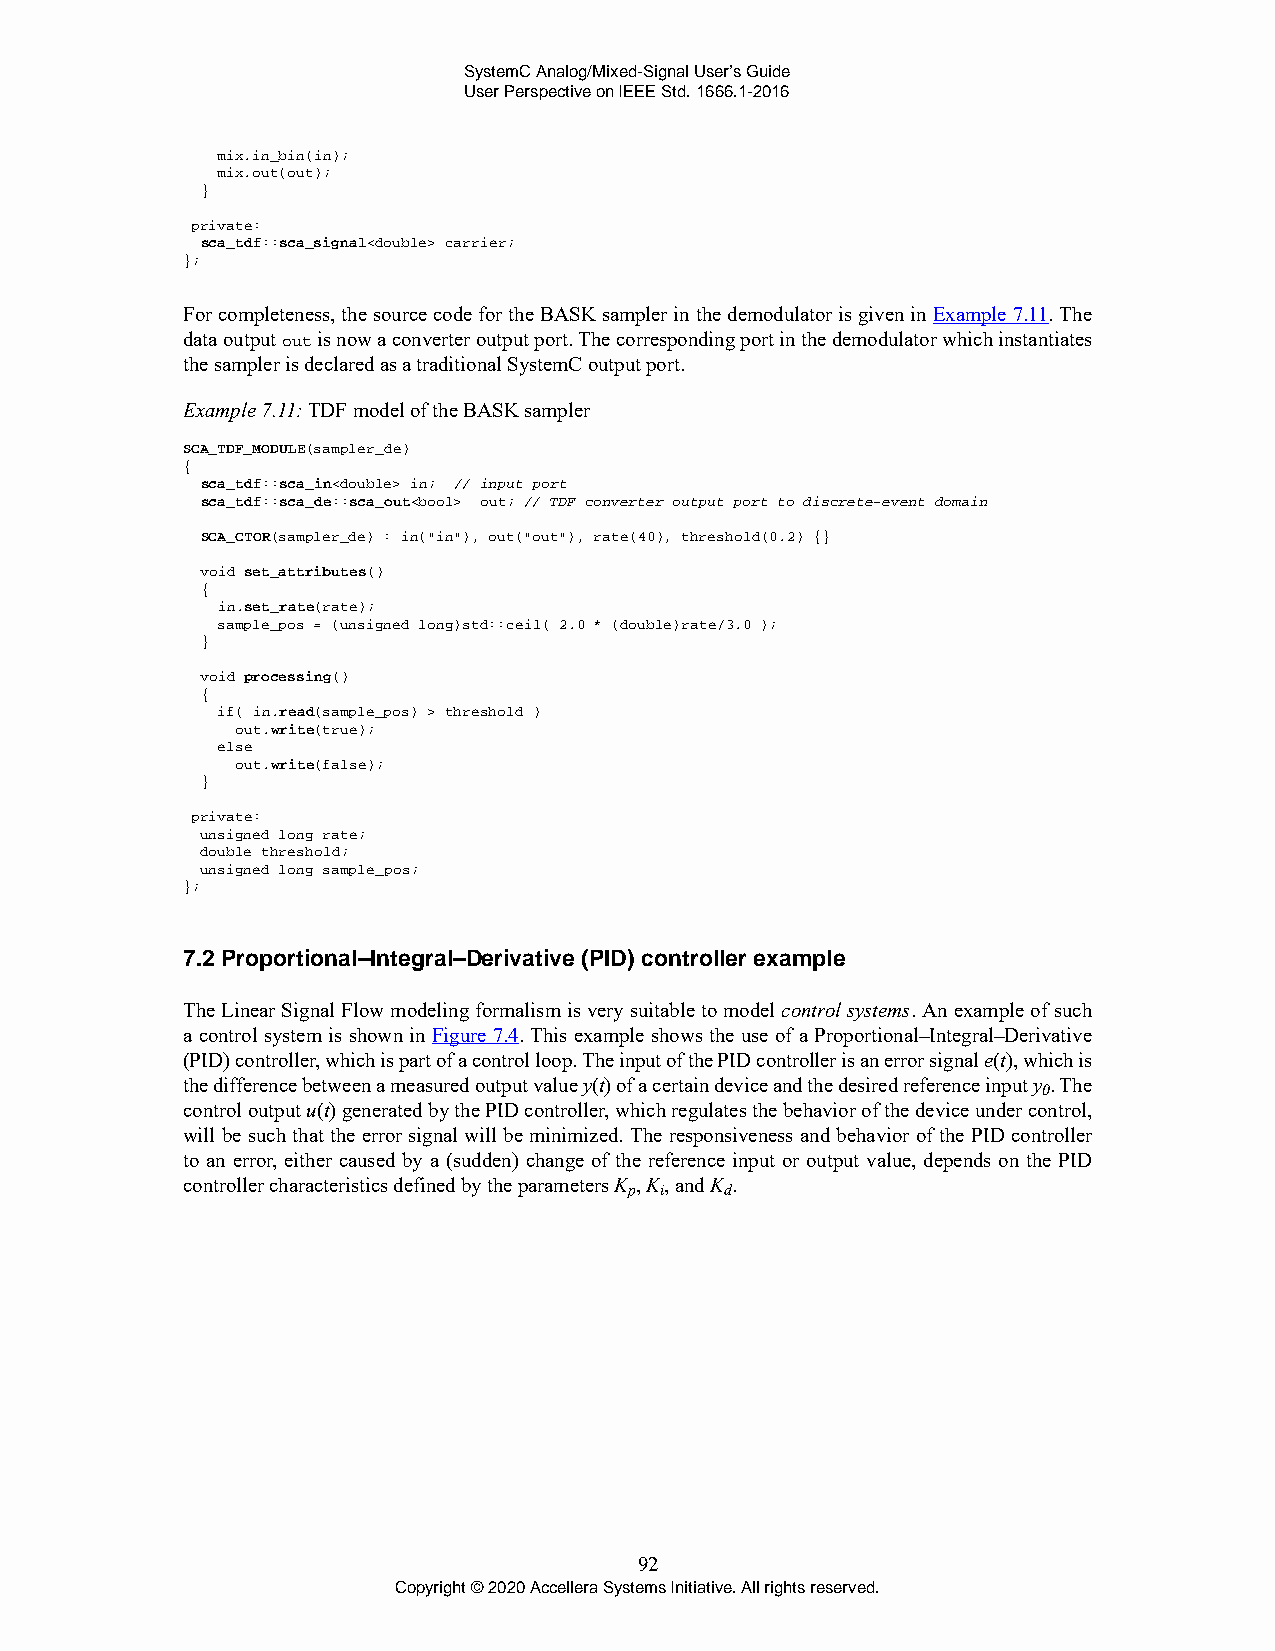
SystemC Analog/Mixed-Signal User’s Guide
 User Perspective on IEEE Std. 1666.1-2016
 mix.in_bin(in);
 mix.out(out);
 }
 private:
 sca_tdf::sca_signal<double> carrier;
 };
 For completeness, the source code for the BASK sampler in the demodulator is given in Example 7.11. The
 data output out is now a converter output port. The corresponding port in the demodulator which instantiates
 the sampler is declared as a traditional SystemC output port.
 Example 7.11: TDF model of the BASK sampler
 SCA_TDF_MODULE(sampler_de)
 {
 sca_tdf::sca_in<double> in; // input port
 sca_tdf::sca_de::sca_out<bool> out; // TDF converter output port to discrete-event domain
 SCA_CTOR(sampler_de) : in("in"), out("out"), rate(40), threshold(0.2) {}
 void set_attributes()
 {
 in.set_rate(rate);
 sample_pos = (unsigned long)std::ceil( 2.0 * (double)rate/3.0 );
 }
 void processing()
 {
 if( in.read(sample_pos) > threshold )
 out.write(true);
 else
 out.write(false);
 }
 private:
 unsigned long rate;
 double threshold;
 unsigned long sample_pos;
 };
 7.2 Proportional–Integral–Derivative (PID) controller example
 The Linear Signal Flow modeling formalism is very suitable to model control systems. An example of such
 a control system is shown in Figure 7.4. This example shows the use of a Proportional–Integral–Derivative
 (PID) controller, which is part of a control loop. The input of the PID controller is an error signal e(t), which is
 the difference between a measured output value y(t) of a certain device and the desired reference input y . The
 0
 control output u(t) generated by the PID controller, which regulates the behavior of the device under control,
 will be such that the error signal will be minimized. The responsiveness and behavior of the PID controller
 to an error, either caused by a (sudden) change of the reference input or output value, depends on the PID
 controller characteristics defined by the parameters K , K, and K .
 p i   d
 92
 Copyright © 2020 Accellera Systems Initiative. All rights reserved.